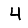
Digit: 4